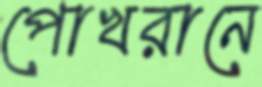
পোখরানে